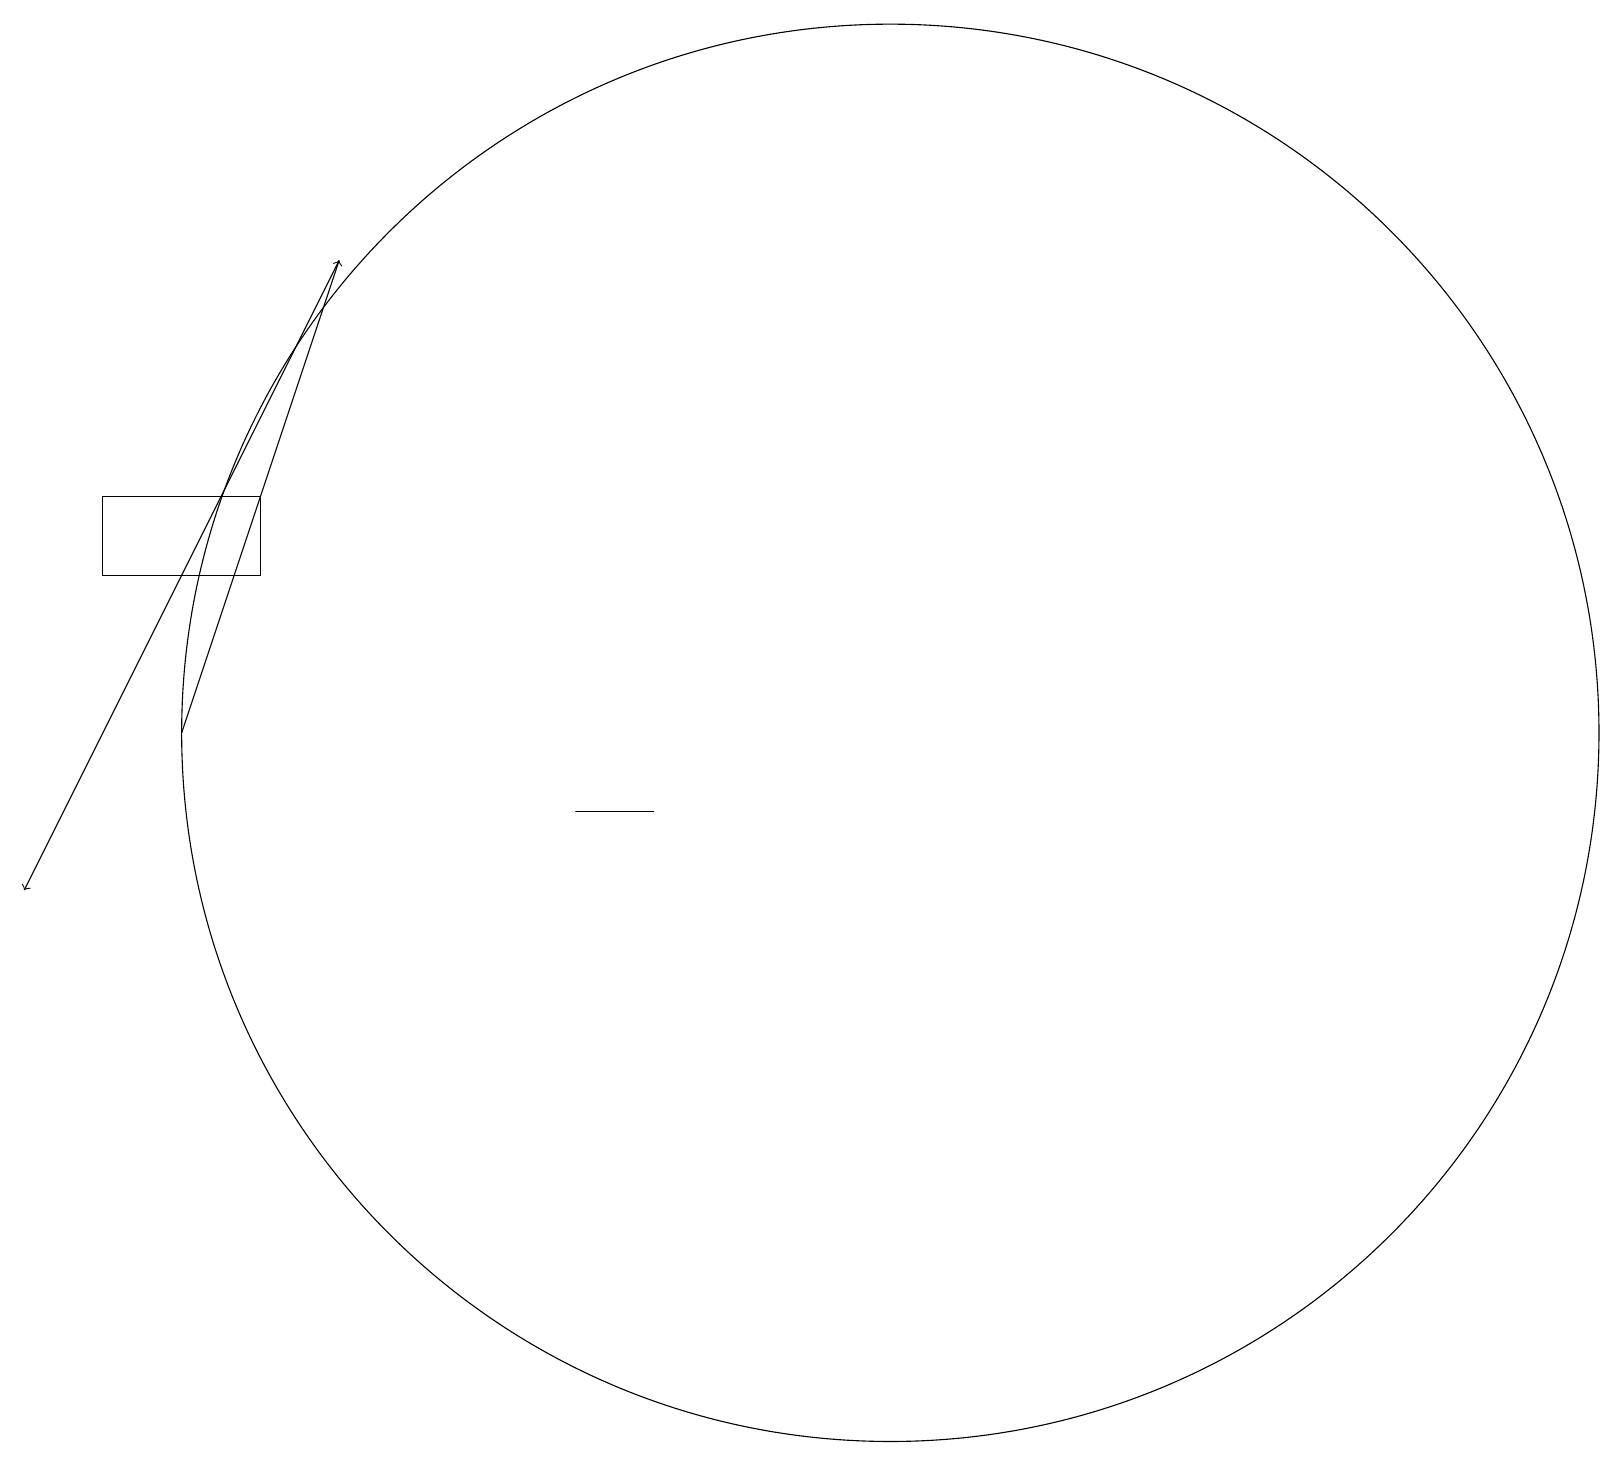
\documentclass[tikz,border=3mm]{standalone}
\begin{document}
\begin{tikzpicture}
\draw[->] (4,18) -- (0,10);
\draw (11,12) circle (9);
\draw (8,11) rectangle (7,11);
\draw[->] (2,12) -- (4,18);
\draw (3,14) rectangle (1,15);
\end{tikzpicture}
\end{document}